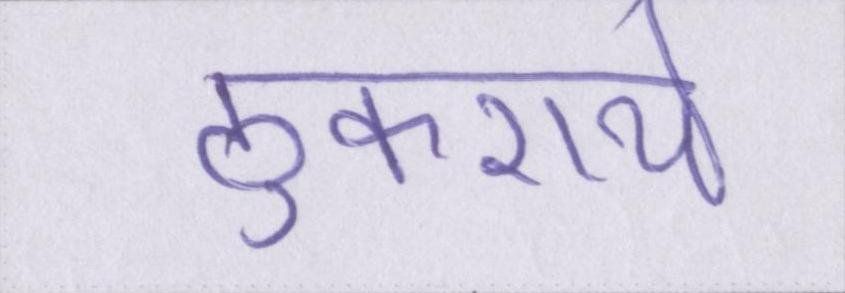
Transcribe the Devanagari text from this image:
ठुकराये